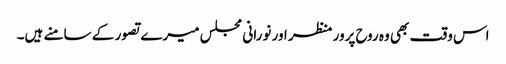
اس وقت بھی وہ روح پرور منظر اور نورانی مجلس میرے تصور کے سامنے ہیں۔